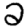
Digit: 2